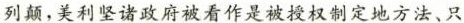
列颠，美利坚诸政府被看作是被授权制定地方法、只